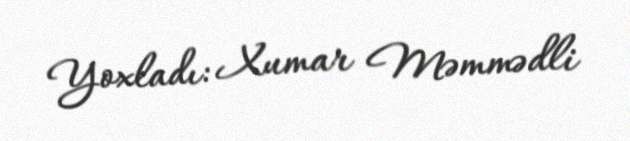
Yoxladı: Xumar Məmmədli